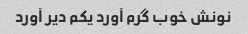
نونش خوب گرم آورد یکم دیر آورد